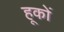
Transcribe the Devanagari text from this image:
हूकों